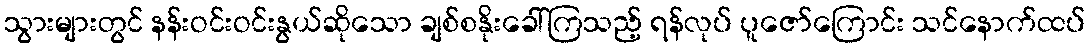
သွားများတွင် နန်းဝင်းဝင်းနွယ်ဆိုသော ချစ်စနိုးခေါ်ကြသည့် ရန်လုပ် ပူဇော်ကြောင်း သင်နောက်ထပ်